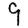
Digit: 9